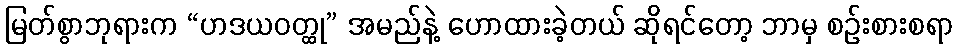
မြတ်စွာဘုရားက “ဟဒယဝတ္ထု” အမည်နဲ့ ဟောထားခဲ့တယ် ဆိုရင်တော့ ဘာမှ စဉ်းစားစရာ